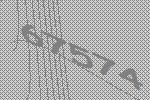
67574